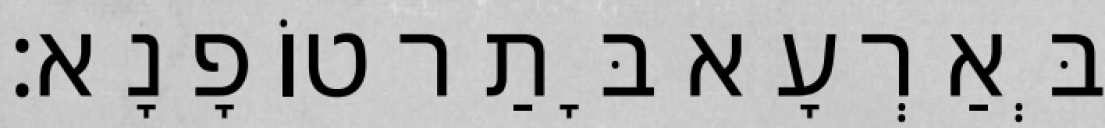
בְּאַרְעָא בָּתַר טוֹפָנָא׃